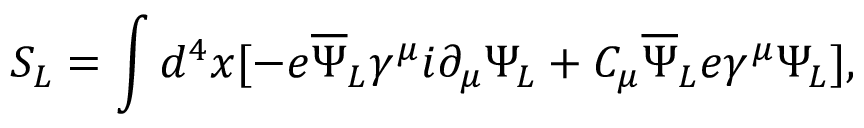
S _ { L } = \int d ^ { 4 } x [ - e { \overline { { \Psi } } } _ { L } \gamma ^ { \mu } i \partial _ { \mu } \Psi _ { L } + C _ { \mu } { \overline { { \Psi } } } _ { L } e \gamma ^ { \mu } \Psi _ { L } ] ,